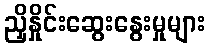
ညှိနှိုင်းဆွေးနွေးမှုများ